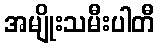
အမျိုးသမီးပါတီ